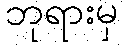
ဘုရားမှ